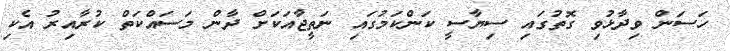
ހަސަން ވިދާޅުވި ގޮތުގައި ސިޔާސީ ކަންކަމުގައި ނަތީޖާއަކަށް ދާން މަސައްކަތް ކުރާއިރު އެކި